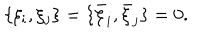
\{ \xi _ { i } , \xi _ { j } \} = \{ { \bar { \xi } } _ { i } , { \bar { \xi } } _ { j } \} = 0 .